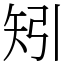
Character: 矧